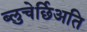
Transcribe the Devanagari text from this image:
ब्लुचेर्छिअति